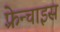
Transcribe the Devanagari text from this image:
फ़्रेन्चाइस